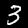
Label: 3